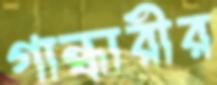
গান্ধারীর